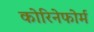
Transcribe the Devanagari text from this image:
कोरिनेफोर्म